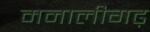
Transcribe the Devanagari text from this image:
मनालीगढ़